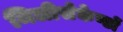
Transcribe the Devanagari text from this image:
मिलीसेकेण्डों